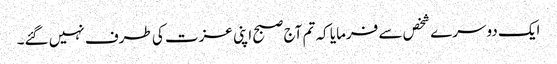
ایک دوسرے شخص سے فرمایا کہ تم آج صبح اپنی عزت کی طرف نہیں گئے۔